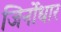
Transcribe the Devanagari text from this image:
जिर्नोधार